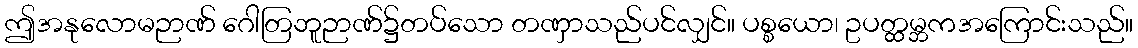
ဤအနုလောမဉာဏ် ဂေါတြဘူဉာဏ်၌တပ်သော တဏှာသည်ပင်လျှင်။ ပစ္စယော၊ ဥပတ္ထမ္ဘကအကြောင်းသည်။